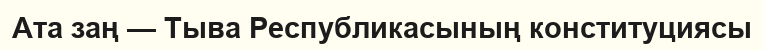
Ата заң — Тыва Республикасының конституциясы